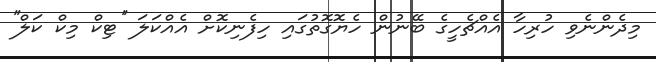
މިދެންނެވި ހުރިހާ އެއްޗެހީގެ ބޭނުން ހެޔޮގޮތުގައި ހިފެނިކޮށް އެއްކަލަ ''ޓިކް މިކް ކަލް''